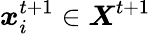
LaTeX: \boldsymbol{x}_{i}^{t+1}\in\boldsymbol{X}^{t+1}